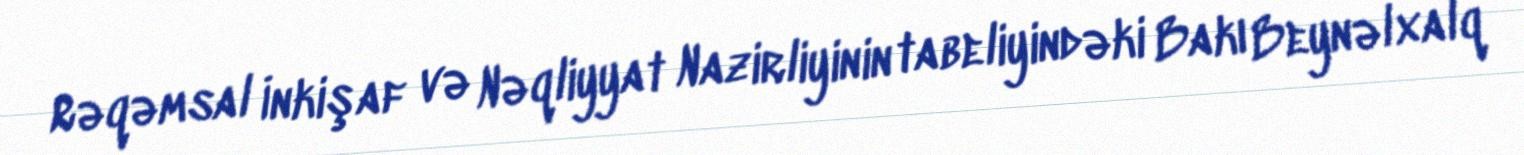
Rəqəmsal İnkişaf və Nəqliyyat Nazirliyinin tabeliyindəki Bakı Beynəlxalq